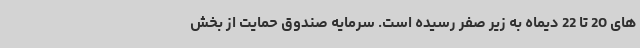
های 20 تا 22 دیماه به زیر صفر رسیده است. سرمایه صندوق حمایت از بخش